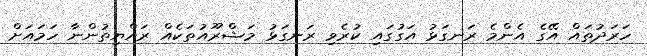
ހަރަދުތައް އޭގެ އެންމެ ރަނގަޅު އަގުގައި ކުރެވި ރަނގަޅު މަޝްރޫއުތަކެއް ރައްޔިތުންނާ ހަމައަށް